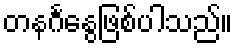
တနင်္ဂနွေဖြစ်ပါသည်။